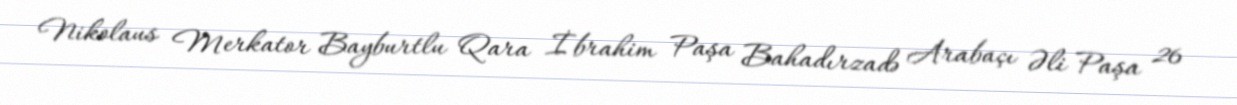
Nikolaus Merkator Bayburtlu Qara İbrahim Paşa Bahadırzadə Arabaçı Əli Paşa 26